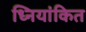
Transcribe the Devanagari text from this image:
ध्नियांकित